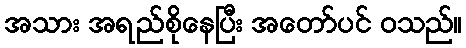
အသား အရည်စိုနေပြီး အတော်ပင် ဝသည်။